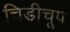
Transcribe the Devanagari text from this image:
चिडीचूप